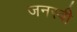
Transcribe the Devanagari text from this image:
जनस्वी